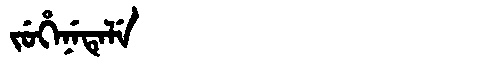
Manchu: ᠵᡠᡥᡝᠨᡝᡨᡝᠯᡝ
Romanization: JUHENETELE